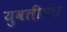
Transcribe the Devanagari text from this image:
युवतीसंघ